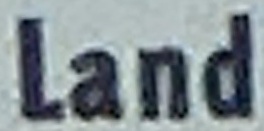
Land